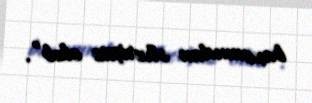
baxımından əlverişsiz olub”.